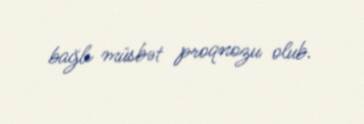
bağlı müsbət proqnozu olub.